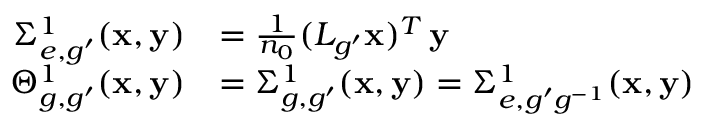
\begin{array} { r l } { \Sigma _ { e , g ^ { \prime } } ^ { 1 } ( \mathbf x , \mathbf y ) } & { = \frac { 1 } { n _ { 0 } } ( L _ { g ^ { \prime } } \mathbf { x } ) ^ { T } \, \mathbf { y } } \\ { \Theta _ { g , g ^ { \prime } } ^ { 1 } ( \mathbf x , \mathbf y ) } & { = \Sigma _ { g , g ^ { \prime } } ^ { 1 } ( \mathbf x , \mathbf y ) = \Sigma _ { e , g ^ { \prime } g ^ { - 1 } } ^ { 1 } ( \mathbf x , \mathbf y ) } \end{array}